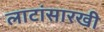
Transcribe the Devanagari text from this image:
लाटांसारखी